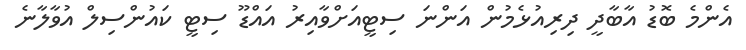
އެންމެ ބޮޑު އާބާދީ ދިރިއުޅެމުން އަންނަ ސިޓީއަށްވާއިރު އައްޑޫ ސިޓީ ކައުންސިލް އުވާލާނެ